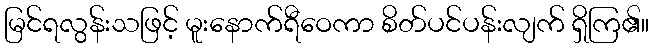
မြင်ရလွန်းသဖြင့် မူးနောက်ရီဝေကာ စိတ်ပင်ပန်းလျက် ရှိကြ၏။